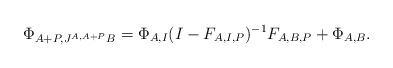
\begin{align*} \Phi_{A+P,J^{A,A+P}B}=\Phi_{A,I}(I-F_{A,I,P})^{-1}F_{A,B,P} +\Phi_{A,B}.\end{align*}